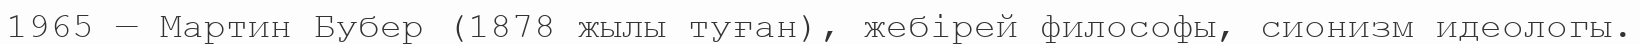
1965 — Мартин Бубер (1878 жылы туған), жебірей философы, сионизм идеологы.